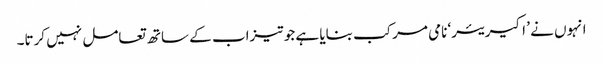
انہوں نے ’ اکیریئر‘ نامی مرکب بنایا ہے جو تیزاب کے ساتھ تعامل نہیں کرتا۔